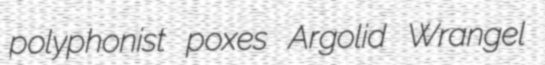
polyphonist poxes Argolid Wrangel